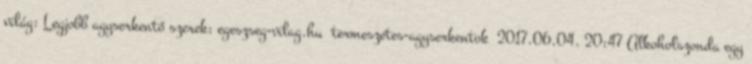
világ: Legjobb agyserkentő szerek: egeszseg-vilag.hu termeszetes-agyserkentok 2017.06.04. 20:47 Alkoholszonda egy